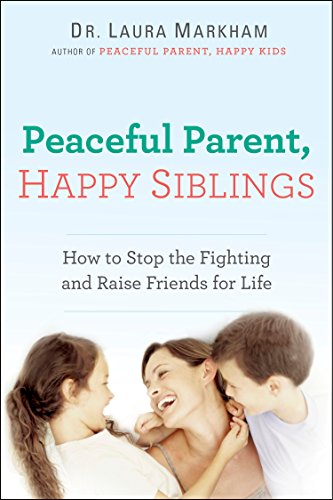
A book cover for Peaceful Parent, Happy Siblings: How to Stop the Fighting and Raise Friends for Life; Dr. Laura Markham; Parenting & Relationships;